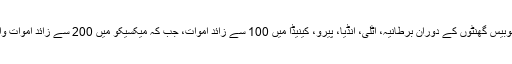
گزشتہ چوبیس گھنٹوں کے دوران برطانیہ، اٹلی، انڈیا، پیرو، کینیڈا میں 100 سے زائد اموات، جب کہ میکسیکو میں 200 سے زائد اموات واقع ہوئیں۔